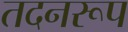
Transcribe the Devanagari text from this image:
तदनरूप